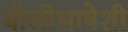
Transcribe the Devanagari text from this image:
बोलीभाषेशी